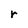
Character: r